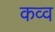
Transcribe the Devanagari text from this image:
कव्व